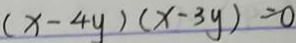
( x - 4 y ) ( x - 3 y ) = 0